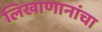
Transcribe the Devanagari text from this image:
लिखाणानांचा